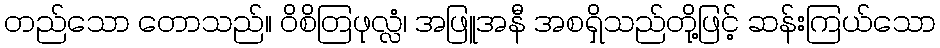
တည်သော တောသည်။ ဝိစိတြဖုလ္လံ၊ အဖြူအနီ အစရှိသည်တို့ဖြင့် ဆန်းကြယ်သော